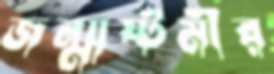
জন্মাষ্টমীর